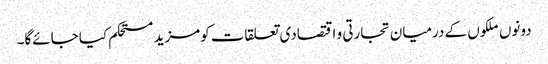
دونوں ملکوں کے درمیان تجارتی و اقتصادی تعلقات کومزید مستحکم کیا جائےگا۔